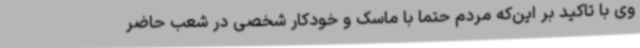
وی با تاکید بر این‌که مردم حتما با ماسک و خودکار شخصی در شعب حاضر